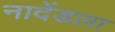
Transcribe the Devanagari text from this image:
नादेंडला